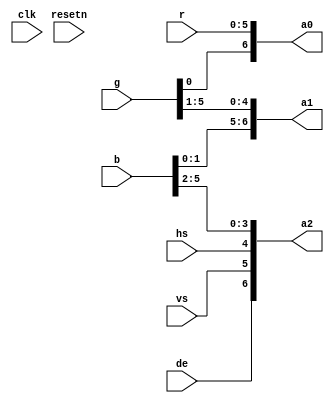
module svo_openldi (
	input clk, resetn,
	input de, vs, hs,
	input [5:0] r, g, b,
	output [6:0] a0, a1, a2
);
	assign a0 = {g[0], r[5], r[4], r[3], r[2], r[1], r[0]};
	assign a1 = {b[1], b[0], g[5], g[4], g[3], g[2], g[1]};
	assign a2 = {  de,   vs,   hs, b[5], b[4], b[3], b[2]};
endmodule